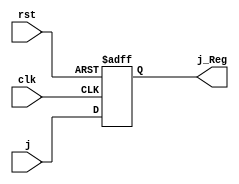
module Reg_j_L7(j_Reg,clk,rst,j);
output reg [1:0] j_Reg;
input clk,rst;
input [1:0] j;

always @ (posedge clk or negedge rst)
	begin
		if (!rst ) 
			j_Reg<=0; 
		else  
			j_Reg<=j; 
	end
endmodule